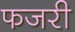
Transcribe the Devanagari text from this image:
फजरी